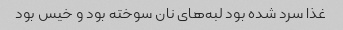
غذا سرد شده بود لبه‌های نان سوخته بود و خیس بود